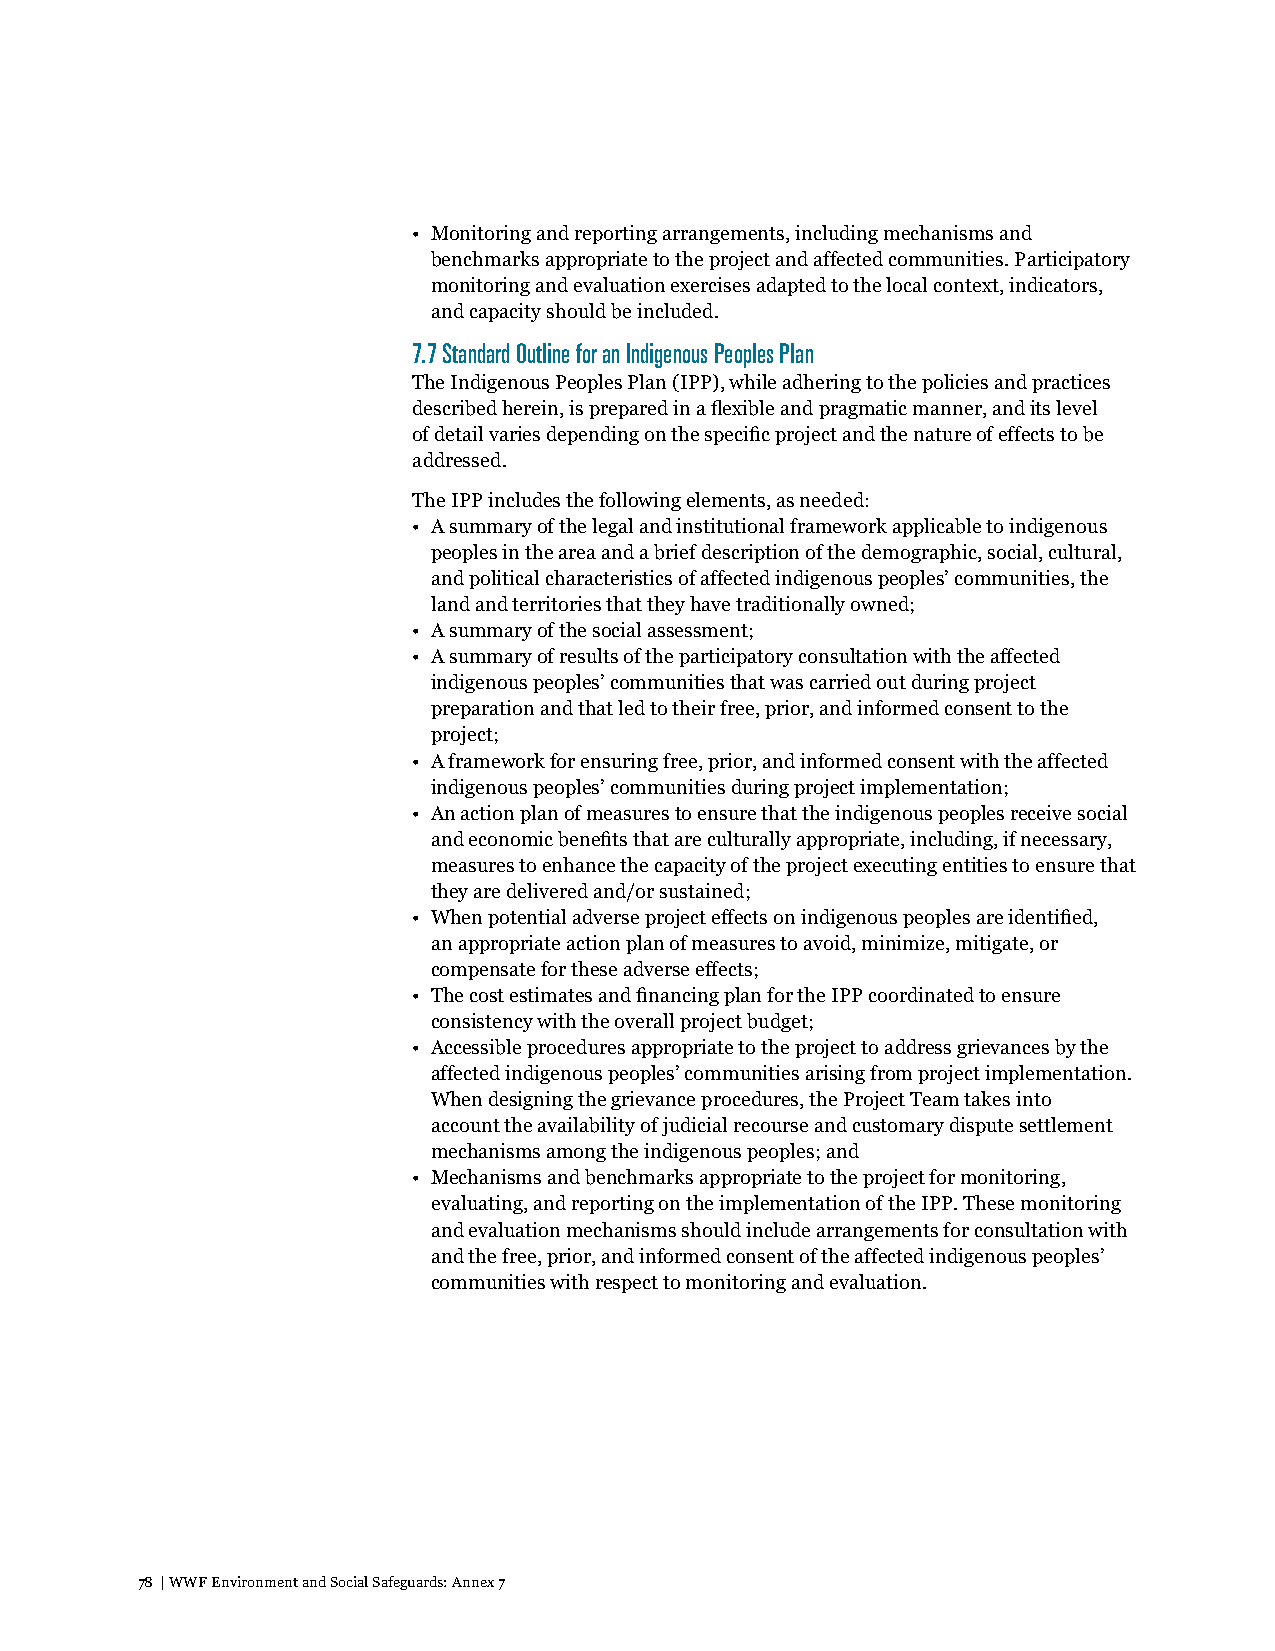
• Monitoring and reporting arrangements, including mechanisms and
 benchmarks appropriate to the project and affected communities. Participatory
 monitoring and evaluation exercises adapted to the local context, indicators,
 and capacity should be included.
 7.7 Standard Outline for an Indigenous Peoples Plan
 The Indigenous Peoples Plan (IPP), while adhering to the policies and practices
 described herein, is prepared in a flexible and pragmatic manner, and its level
 of detail varies depending on the specific project and the nature of effects to be
 addressed.
 The IPP includes the following elements, as needed:
 • A summary of the legal and institutional framework applicable to indigenous
 peoples in the area and a brief description of the demographic, social, cultural,
 and political characteristics of affected indigenous peoples’ communities, the
 land and territories that they have traditionally owned;
 • A summary of the social assessment;
 • A summary of results of the participatory consultation with the affected
 indigenous peoples’ communities that was carried out during project
 preparation and that led to their free, prior, and informed consent to the
 project;
 • A framework for ensuring free, prior, and informed consent with the affected
 indigenous peoples’ communities during project implementation;
 • An action plan of measures to ensure that the indigenous peoples receive social
 and economic benefits that are culturally appropriate, including, if necessary,
 measures to enhance the capacity of the project executing entities to ensure that
 they are delivered and/or sustained;
 • When potential adverse project effects on indigenous peoples are identified,
 an appropriate action plan of measures to avoid, minimize, mitigate, or
 compensate for these adverse effects;
 • The cost estimates and financing plan for the IPP coordinated to ensure
 consistency with the overall project budget;
 • Accessible procedures appropriate to the project to address grievances by the
 affected indigenous peoples’ communities arising from project implementation.
 When designing the grievance procedures, the Project Team takes into
 account the availability of judicial recourse and customary dispute settlement
 mechanisms among the indigenous peoples; and
 • Mechanisms and benchmarks appropriate to the project for monitoring,
 evaluating, and reporting on the implementation of the IPP. These monitoring
 and evaluation mechanisms should include arrangements for consultation with
 and the free, prior, and informed consent of the affected indigenous peoples’
 communities with respect to monitoring and evaluation.
 78 | WWF Environment and Social Safeguards: Annex 7